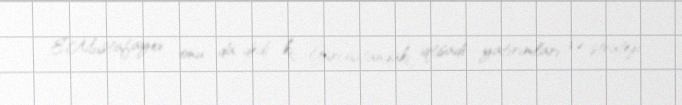
E.Mustafayev onu da dedi ki, Gürcüstandakı iqtisadi yatırımları və strateji